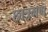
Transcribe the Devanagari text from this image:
छात्रगण